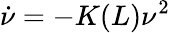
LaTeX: \dot{\nu}=-K(L)\nu^{2}